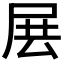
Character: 𡱗